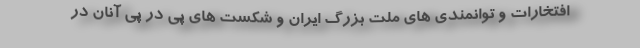
افتخارات و توانمندی های ملت بزرگ ایران و شکست های پی در پی آنان در